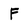
Character: F